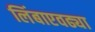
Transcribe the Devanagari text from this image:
लिंबाएवढ्या